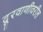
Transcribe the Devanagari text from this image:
दूरवाणीवरील